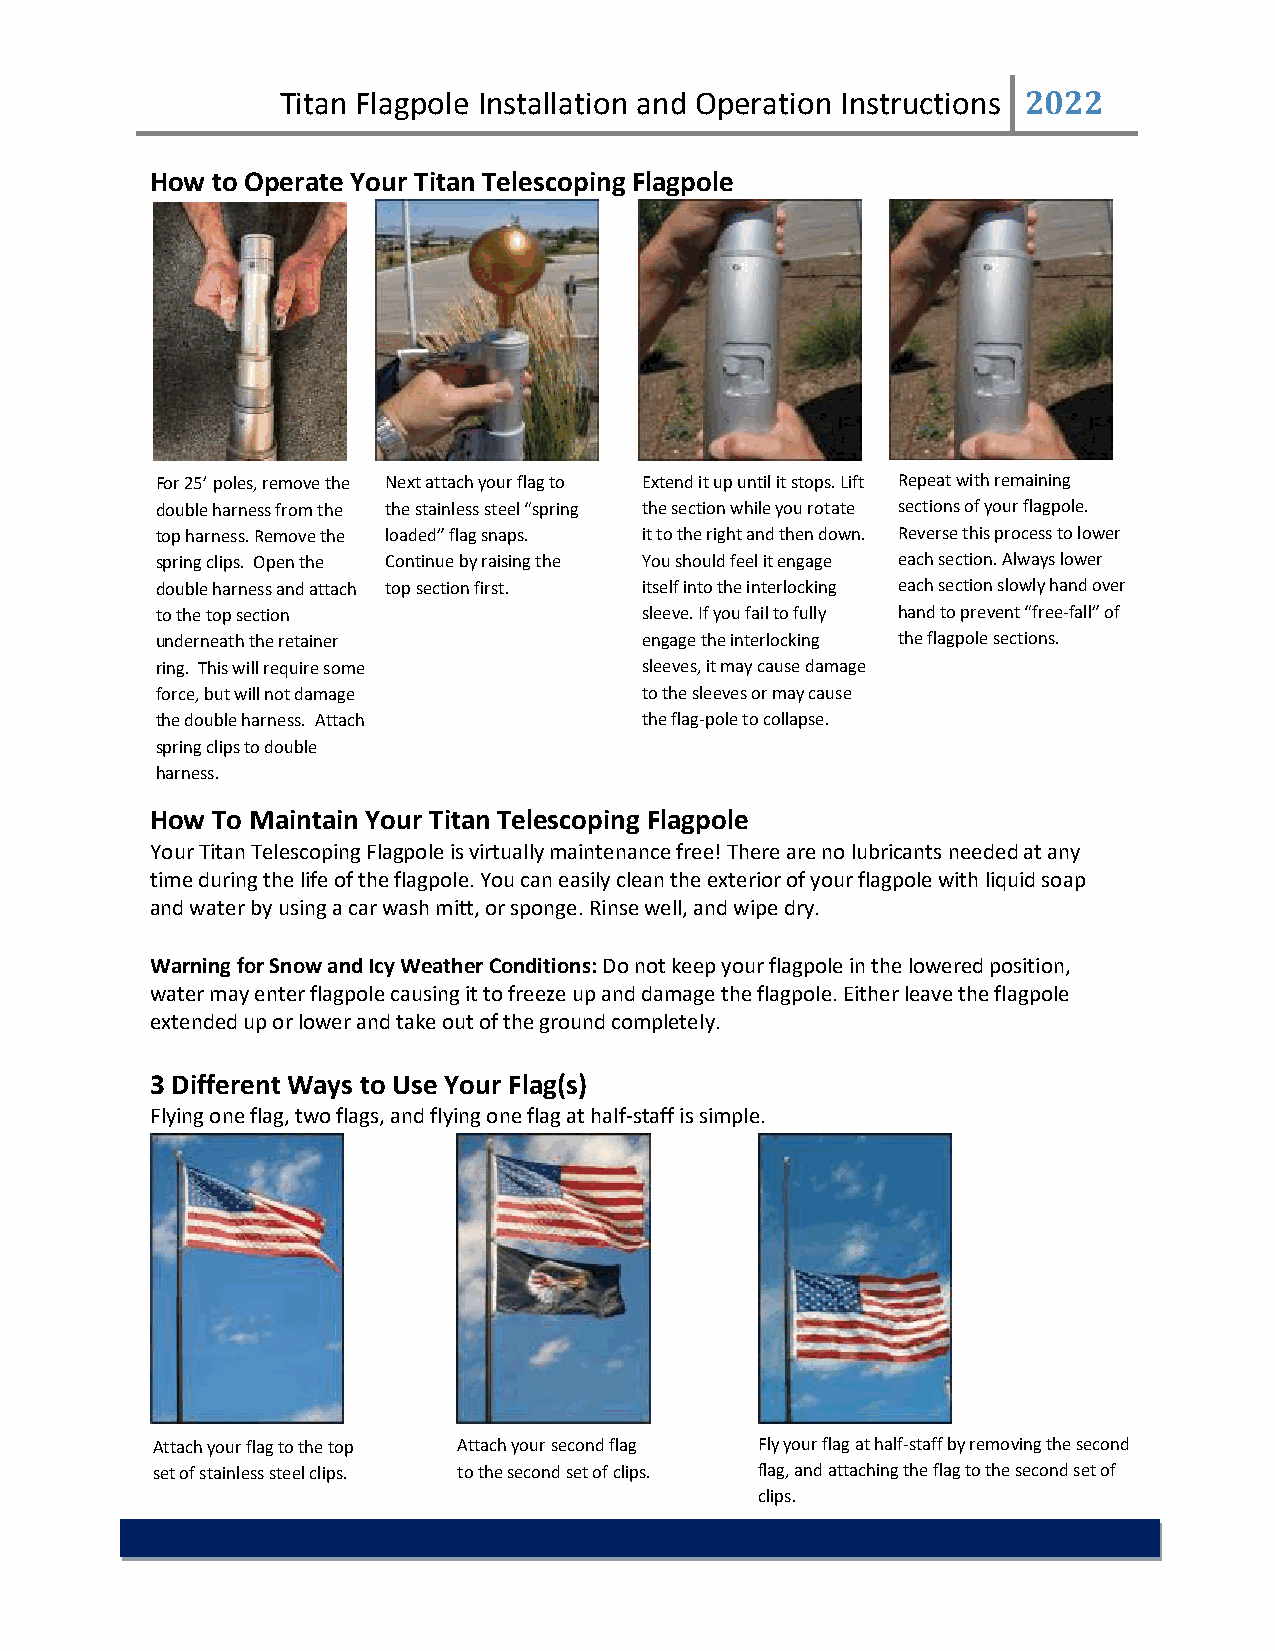
Titan Flagpole Installation and Operation Instructions 2022
 How to Operate Your Titan Telescoping Flagpole
 For 25’ poles, remove the Next attach your flag to Extend it up until it stops. Lift Repeat with remaining
 double harness from the the stainless steel “spring the section while you rotate sections of your flagpole.
 top harness. Remove the loaded” flag snaps. it to the right and then down. Reverse this process to lower
 spring clips. Open the Continue by raising the You should feel it engage each section. Always lower
 double harness and attach top section first. itself into the interlocking each section slowly hand over
 to the top section              sleeve. If you fail to fully hand to prevent “free-fall” of
 underneath the retainer         engage the interlocking the flagpole sections.
 ring. This will require some    sleeves, it may cause damage
 force, but will not damage      to the sleeves or may cause
 the double harness. Attach      the flag-pole to collapse.
 spring clips to double
 harness.
 How To Maintain Your Titan Telescoping Flagpole
 Your Titan Telescoping Flagpole is virtually maintenance free! There are no lubricants needed at any
 time during the life of the flagpole. You can easily clean the exterior of your flagpole with liquid soap
 and water by using a car wash mitt, or sponge. Rinse well, and wipe dry.
 Warning for Snow and Icy Weather Conditions: Do not keep your flagpole in the lowered position,
 water may enter flagpole causing it to freeze up and damage the flagpole. Either leave the flagpole
 extended up or lower and take out of the ground completely.
 3 Different Ways to Use Your Flag(s)
 Flying one flag, two flags, and flying one flag at half-staff is simple.
 Attach your flag to the top Attach your second flag Fly your flag at half-staff by removing the second
 set of stainless steel clips. to the second set of clips. flag, and attaching the flag to the second set of
 clips.